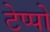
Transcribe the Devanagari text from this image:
टेप्पो